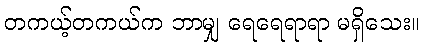
တကယ့်တကယ်က ဘာမျှ ရေရေရာရာ မရှိသေး။